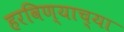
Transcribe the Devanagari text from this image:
हरविण्याच्या